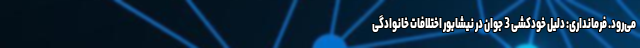
می‌رود. فرمانداری: دلیل خودکشی 3 جوان در نیشابور اختلافات خانوادگی